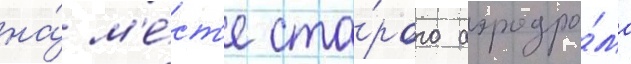
на́ м'е́ст'е ста́рого аэродро́ма